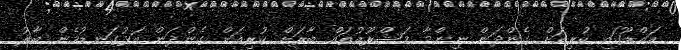
އައްޑޫގައި ކުރިއަށް ގެންދަން ނިންމާ މަޝްރޫއުތައް ބާރަށް ކުރިއަށް ގެންދަން އަޅުގަނޑުމެން ބާރު